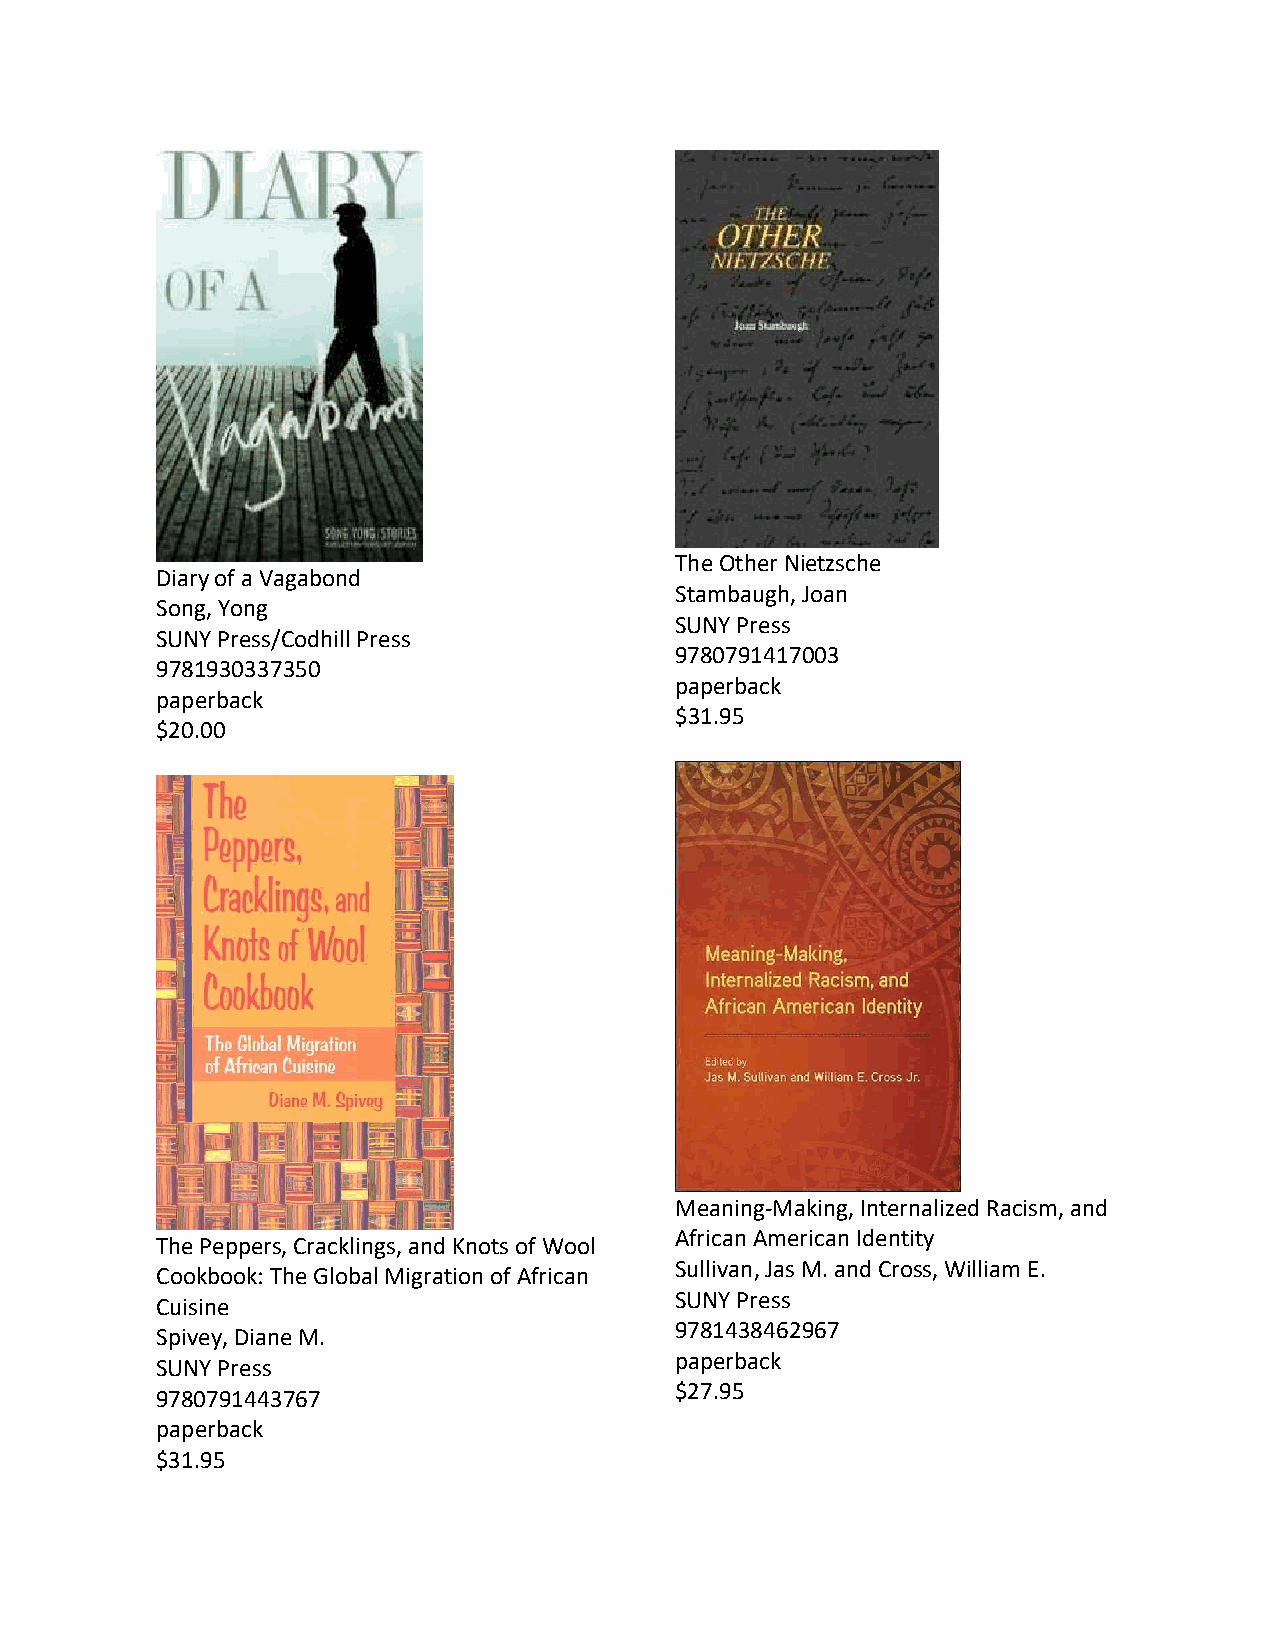
The Other Nietzsche
 Diary of a Vagabond
 Stambaugh, Joan
 Song, Yong
 SUNY Press
 SUNY Press/Codhill Press
 9780791417003
 9781930337350
 paperback
 paperback
 $31.95
 $20.00
 Meaning-Making, Internalized Racism, and
 African American Identity
 The Peppers, Cracklings, and Knots of Wool
 Sullivan, Jas M. and Cross, William E.
 Cookbook: The Global Migration of African
 SUNY Press
 Cuisine
 9781438462967
 Spivey, Diane M.
 paperback
 SUNY Press
 $27.95
 9780791443767
 paperback
 $31.95